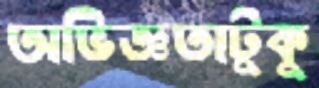
অভিজ্ঞতাটুকু